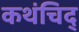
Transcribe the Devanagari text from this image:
कथंचिद्